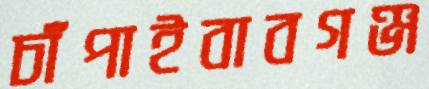
চাঁপাইবাবগঞ্জ